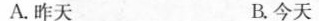
A.昨天 B.今天